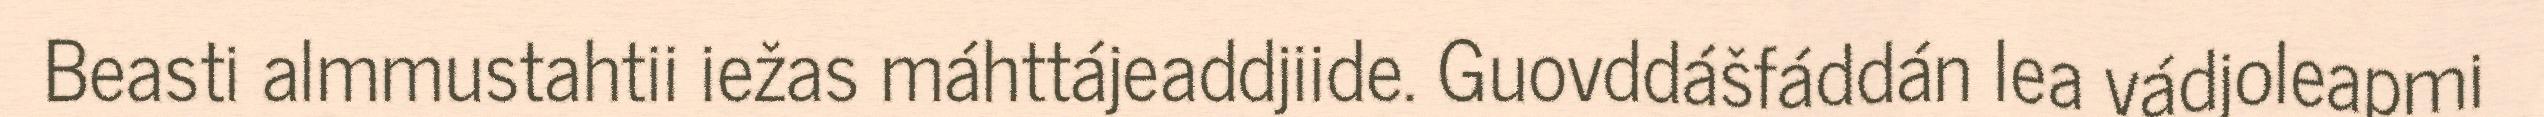
Beasti almmustahtii iežas máhttájeaddjiide. Guovddášfáddán lea vádjoleapmi